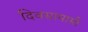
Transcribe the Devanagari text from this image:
दिवसामासी